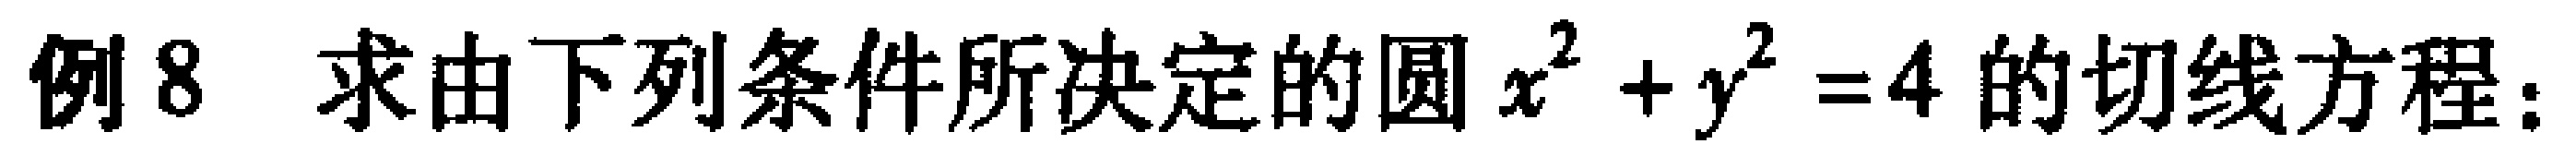
例8 求由下列条件所决定的圆 \(x^{2}+y^{2}=4\) 的切线方程：